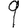
Digit: 9